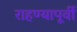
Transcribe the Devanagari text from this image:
राहण्यापूर्वी